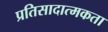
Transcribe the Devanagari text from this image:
प्रतिसादात्मकता